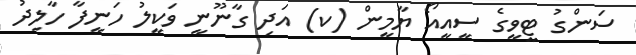
ސަންގު ޓީވީގެ ސީއީއޯ ޔާމީން (ކ) އަދި ގާނޫނީ ވަކީލު ހަނީފާ ހާލިދު